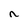
Character: n